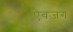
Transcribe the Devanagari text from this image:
ऐवज़ग